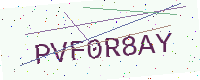
Text: PVF0R8AY